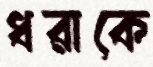
ধরাকে